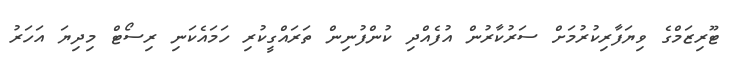
ޓޫރިޒަމްގެ ވިޔަފާރިކުރުމަށް ސަރުކާރުން އުފެއްދި ކުންފުނިން ތަރައްގީކުރި ހަމައެކަނި ރިސޯޓް މިދިޔަ އަހަރު